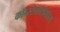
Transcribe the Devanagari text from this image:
कॉन्स्टैनटिनिडिस